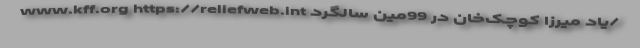
www.kff.org https://reliefweb.int یاد میرزا کوچک‌خان در 99مین سالگرد/